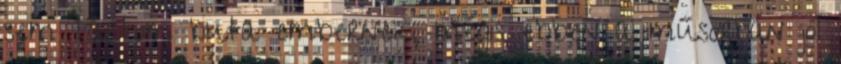
sem tartom buta embernek, mégis ebben a műsorban jól